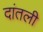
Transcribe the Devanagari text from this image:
दांतली